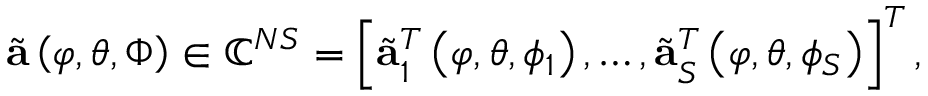
\begin{array} { r } { \tilde { \mathbf { a } } \left( \varphi , \theta , \boldsymbol { \Phi } \right) \in { \mathbb { C } ^ { N S } } = \left[ \tilde { \mathbf { a } } _ { 1 } ^ { T } \left( \varphi , \theta , \phi _ { 1 } \right) , \dots , \tilde { \mathbf { a } } _ { S } ^ { T } \left( \varphi , \theta , \phi _ { S } \right) \right] ^ { T } , } \end{array}